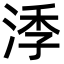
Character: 㳵